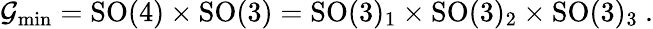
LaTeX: \mathcal{G}_{\mathrm{min}}=\mathrm{SO}(4)\times\mathrm{SO}(3)=\mathrm{SO}(3)_{1}\times\mathrm{SO}(3)_{2}\times\mathrm{SO}(3)_{3}~.